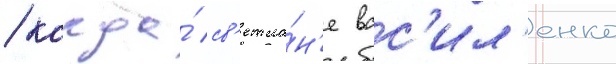
/ когда́ св'етла́н'е вас'ил'енко